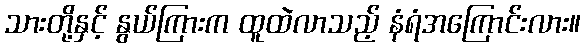
သားတို့နှင့် နွယ်ကြားက ထူထဲလာသည့် နံရံအကြောင်းလား။